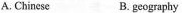
A. Chinese B. geography